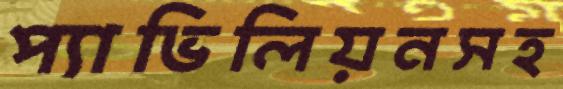
প্যাভিলিয়নসহ